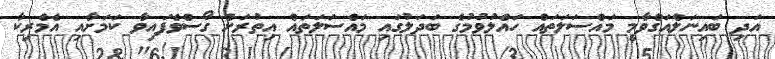
އަދި ބައިނަލްއަގްވާމީ މައްސަލަތައް ހައްލުވުމުގެ ބަދަލުގައި މައްސަލަތައް އިތުރަށް ގޯސްވެފައިވާ ކަމަށާއި އެމެރިކާ